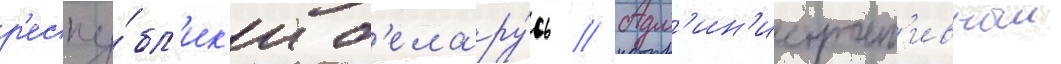
р'еспу́бл'ик'и б'елару́сь // Адм'ин'истрат'ивныи